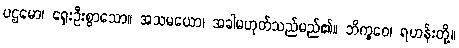
ပဌမော၊ ရှေးဦးစွာသော။ အသမယော၊ အခါမဟုတ်သည်မည်၏။ ဘိက္ခဝေ၊ ရဟန်းတို့။